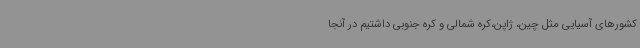
کشورهای آسیایی مثل چین، ژاپن،‌کره شمالی و کره جنوبی داشتیم در آنجا